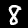
Label: 8